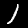
Digit: 1